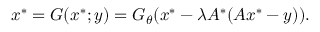
x ^ { * } = G ( x ^ { * } ; y ) = G _ { \theta } ( x ^ { * } - \lambda A ^ { * } ( A x ^ { * } - y ) ) .